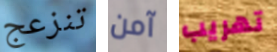
تنزعج آمن تهريب